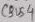
Text: CBUS4